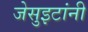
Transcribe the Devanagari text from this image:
जेसुइटांनी